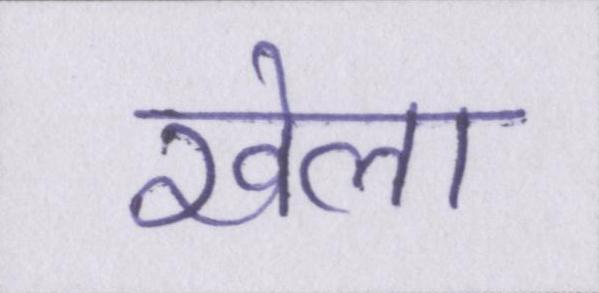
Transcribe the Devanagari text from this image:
खेला